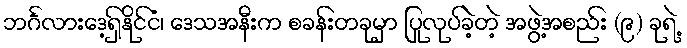
ဘင်္ဂလားဒေ့ရှ်နိုင်ငံ၊ ဒေသအနီးက စခန်းတခုမှာ ပြုလုပ်ခဲ့တဲ့ အဖွဲ့အစည်း (၉) ခုရဲ့